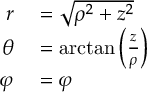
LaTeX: \begin{array} { r l } { r } & { { } = { \sqrt { \rho ^ { 2 } + z ^ { 2 } } } } \\ { \theta } & { { } = \arctan \left( { \frac { z } { \rho } } \right) } \\ { \varphi } & { { } = \varphi } \end{array}